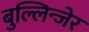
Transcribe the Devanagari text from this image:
बुल्लिन्जेर